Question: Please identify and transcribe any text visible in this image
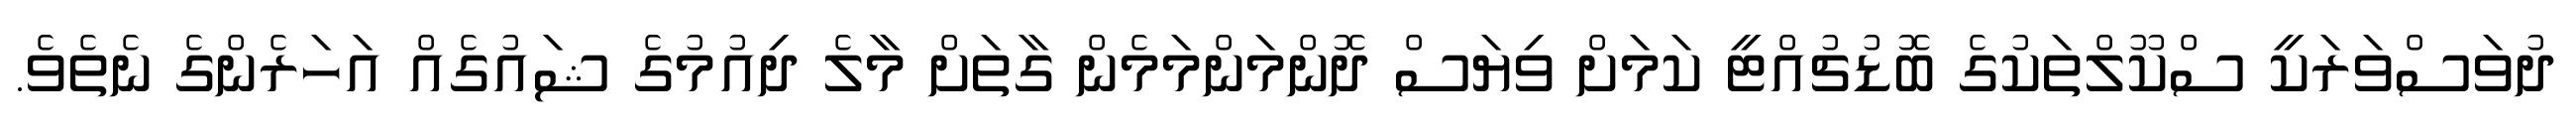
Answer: ދުވަސްވަރަކީ ސްކޫލްތަކުގެ ބޮޑުޗުއްޓީ ކަމަށް ވިޔަސް ދޮންމަންމަމެން ގާތަށް މާލެ ދިއުމުގެ ޝައުގެއް އަހަރެންގެ ނެތެވެ.